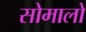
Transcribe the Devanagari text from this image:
सोमालो